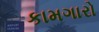
કામગારો